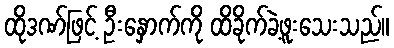
ထိုဒဏ်ဖြင့် ဦးနှောက်ကို ထိခိုက်ခဲ့ဖူးသေးသည်။